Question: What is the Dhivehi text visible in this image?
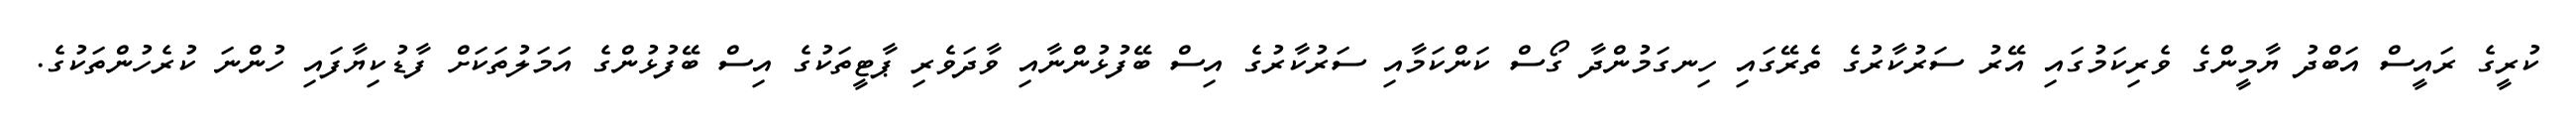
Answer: ކުރީގެ ރައީސް އަބްދު ޔާމީންގެ ވެރިކަމުގައި އޭރު ސަރުކާރުގެ ތެރޭގައި ހިނގަމުންދާ ގޯސް ކަންކަމާއި ސަރުކާރުގެ އިސް ބޭފުޅުންނާއި ވާދަވެރި ޕާޓީތަކުގެ އިސް ބޭފުޅުންގެ އަމަލުތަކަށް ފާޑުކިޔާފައި ހުންނަ ކުރެހުންތަކުގެ.